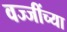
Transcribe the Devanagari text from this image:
वज्जींच्या